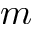
m